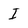
Character: I